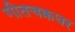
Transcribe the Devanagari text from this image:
गीतचक्रधर